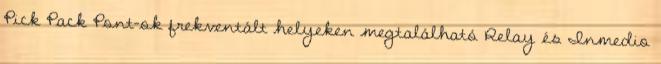
Pick Pack Pont-ok frekventált helyeken megtalálható Relay és Inmedio